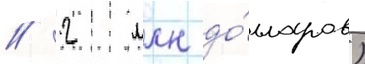
/ 2 млн до́лларов)